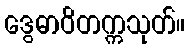
ဒွေဓာဝိတက္ကသုတ်။